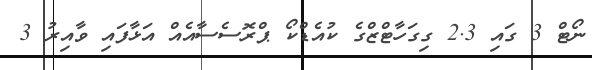
ނޯޓް 3 ގައި 2.3 ގިގަހާޓްޒްގެ ކުއެޑްކޯ ޕްރޮސެސާއެއް އަޅާފައި ވާއިރު 3